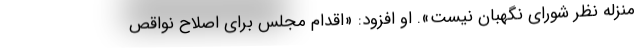
منزله نظر شورای نگهبان نیست». او افزود: «اقدام مجلس برای اصلاح نواقص